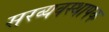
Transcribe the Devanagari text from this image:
सरव्यवस्थापक